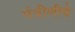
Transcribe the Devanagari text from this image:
मंत्रीणीचे